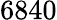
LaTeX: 6840